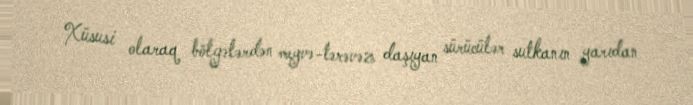
Xüsusi olaraq bölgələrdən meyvə-tərəvəz daşıyan sürücülər sutkanın yarıdan